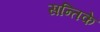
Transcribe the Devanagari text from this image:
सन्तिके